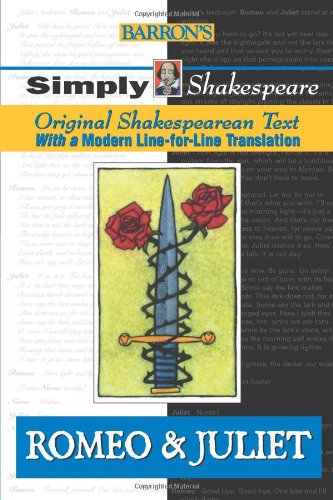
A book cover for Romeo and Juliet (Simply Shakespeare); William Shakespeare; Comics & Graphic Novels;